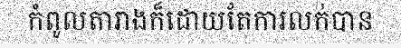
កំពូលតារាងក៏ដោយតែការលក់បាន